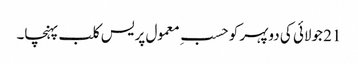
21 جولائی کی دوپہر کو حسبِ معمول پریس کلب پہنچا۔